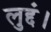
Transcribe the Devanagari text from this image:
लुद्दं।